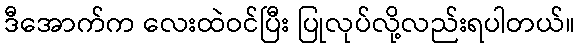
ဒီအောက်က လေးထဲဝင်ပြီး ပြုလုပ်လို့လည်းရပါတယ်။